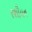
રશીયન